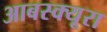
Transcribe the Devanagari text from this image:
आबस्क्यूरा